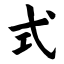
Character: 式